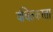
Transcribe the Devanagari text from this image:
वंचितकरता